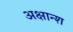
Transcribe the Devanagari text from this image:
अक्षान्श